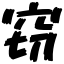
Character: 窃